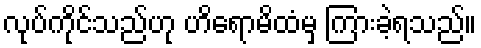
လုပ်ကိုင်သည်ဟု ဟိရောမိထံမှ ကြားခဲ့ရသည်။